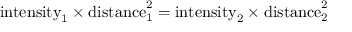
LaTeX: { \mathrm { i n t e n s i t y } } _ { 1 } \times { \mathrm { d i s t a n c e } } _ { 1 } ^ { 2 } = { \mathrm { i n t e n s i t y } } _ { 2 } \times { \mathrm { d i s t a n c e } } _ { 2 } ^ { 2 }